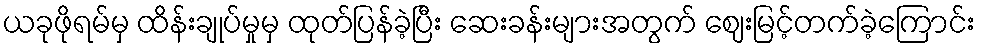
ယခုဖိုရမ်မှ ထိန်းချုပ်မှုမှ ထုတ်ပြန်ခဲ့ပြီး ဆေးခန်းများအတွက် ဈေးမြင့်တက်ခဲ့ကြောင်း